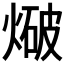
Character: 𭵤